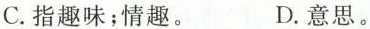
C.指趣味;情趣。 D.意思。